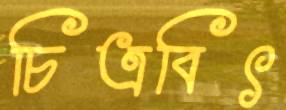
চিত্রবিৎ